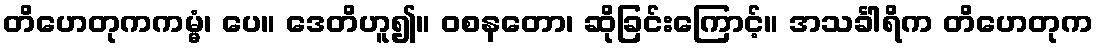
တိဟေတုကကမ္မံ၊ ပေ။ ဒေတိဟူ၍။ ဝစနတော၊ ဆိုခြင်းကြောင့်။ အသင်္ခါရိက တိဟေတုက